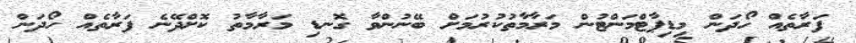
ފަރާތެއް ހޯދަން މިޑިޕާޓްމަންޓުން މަރާމާތުކުރުމަށް ބޭނުންވާ ގޮނޑި މަރާމާތު ކޮށްދޭނެ ފަރާތެއް ހޯދަން